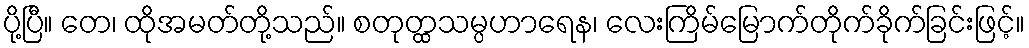
ပို့ပြီ။ တေ၊ ထိုအမတ်တို့သည်။ စတုတ္ထသမ္ပဟာရေန၊ လေးကြိမ်မြောက်တိုက်ခိုက်ခြင်းဖြင့်။